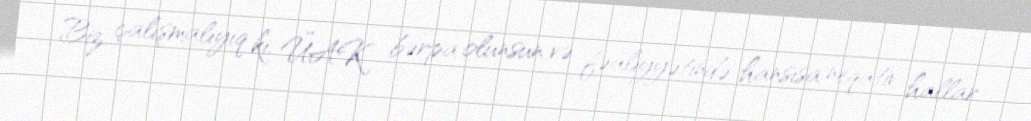
Biz çalışmalıyıq ki, ÜAK bərpa olunsun və fəaliyyətində hansısa neqativ hallar